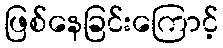
ဖြစ်နေခြင်းကြောင့်